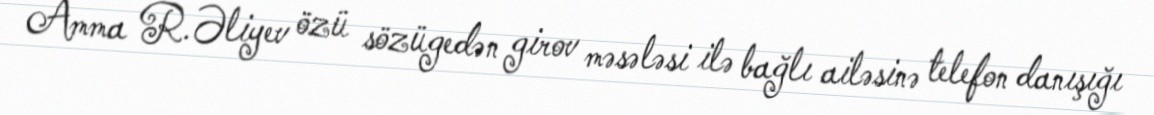
Amma R.Əliyev özü sözügedən girov məsələsi ilə bağlı ailəsinə telefon danışığı